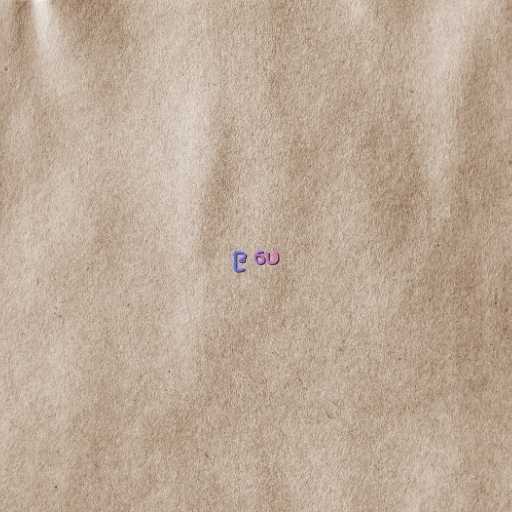
၉ ပေ